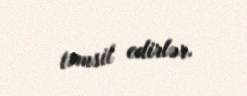
təmsil edirlər.